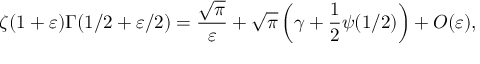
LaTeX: \zeta ( 1 + \varepsilon ) \Gamma ( 1 / 2 + \varepsilon / 2 ) = \frac { \sqrt { \pi } } { \varepsilon } + \sqrt { \pi } \left( \gamma + \frac 1 2 \psi ( 1 / 2 ) \right) + O ( \varepsilon ) ,